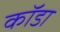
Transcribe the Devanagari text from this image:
कॉडा